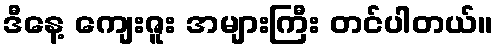
ဒီနေ့ ကျေးဇူး အများကြီး တင်ပါတယ်။